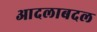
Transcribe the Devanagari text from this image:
आदलाबदल